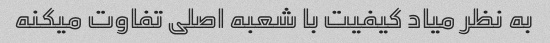
به نظر میاد کیفیت با شعبه اصلی تفاوت میکنه